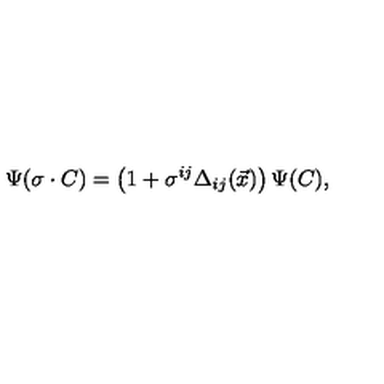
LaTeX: \Psi ( \sigma \cdot C ) = \left( 1 + \sigma ^ { i j } \Delta _ { i j } ( \vec { x } ) \right) \Psi ( C ) ,